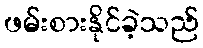
ဖမ်းစားနိုင်ခဲ့သည်